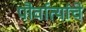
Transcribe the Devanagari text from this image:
पौर्वात्यांचे